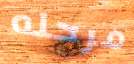
مرحله